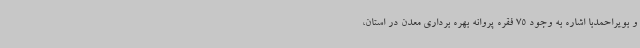
و بویراحمدبا اشاره به وجود 75 فقره پروانه بهره برداری معدن در استان،